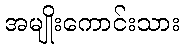
အမျိုးကောင်းသား